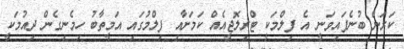
ކަރަން ބުނެފައިވަނީ އެ ފިލްމަކީ ޓްރިލޮޖީއެއް ކަމަށާއި ފިލްމުގައި އަމީތާބު ހިމެނިގެން ދިއުމަކީ